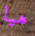
هيا